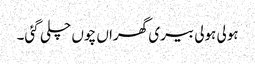
ہولی ہولی بیری گھراں چوں چلی گئی۔